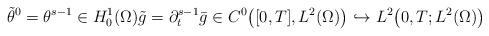
LaTeX: \begin{align*}\tilde{\theta}^{0} = \theta^{s - 1} \in H^{1}_{0}(\Omega) \tilde{g} = \partial_{t}^{s - 1} \bar{g} \in C^{0}\big([0, T], L^{2}(\Omega)\big) \hookrightarrow L^{2}\big(0, T; L^{2}(\Omega)\big) \end{align*}